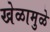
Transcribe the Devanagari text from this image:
खेळामुळे